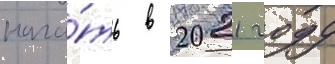
нача́ть в 2021 году